Vaccination United Provinces of Agra and Oudh 1914-1922 - 1914-1922
Year: 1914
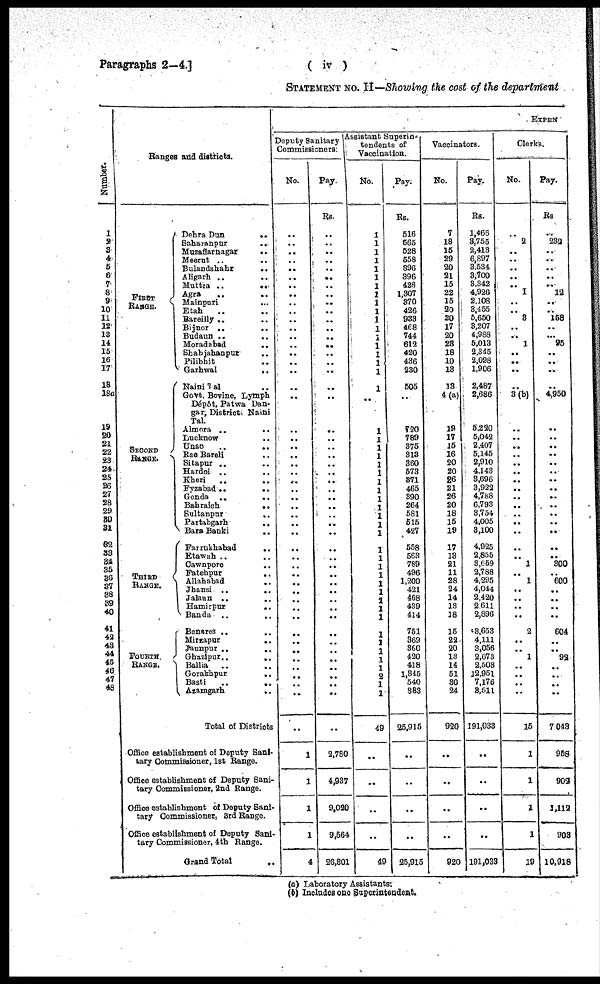
Paragraphs 2—4.]
( iv )
STATEMENT No. II— Showing the cost of the department
Number.
1
2
3
4
5
6
7
8
9
10
11
12
13
14
15
16
17
18
18a
19
20
21
22
23 24
25
26
27
28
29
30
31
32
33
34
35
36
37
38
39
40
41
42
43
44
45
46
47
48
Ranges and districts.
FIRST
RANGE.
SECOND
RANGE.
THIRD
RANGE.
FOURTH.
RANGE.
Dehra Dun
..
Saharanpur ..
Muzaffarnagar
..
Meerut .. ..
Bulandshahr
..
Aligarh ..
Muttra ..
..
Agra .. ..
Mainpuri .. ..
Etah .. ..
Bareilly .. ..
Bijnor .. ..
Budaun
..
..
Moradabad
..
Shahjahanpur ..
Pilibhit .. ..
Garhwal .. ..
Naini Tal .. ..
Govt. Bovine, Lymph
Dépôt, Patwa Dan-
gar, District. Naini
Tal.
Almora
..
..
Lucknow .. ..
Unao
..
..
Rae Bareli .. ..
Sitapur .. ..
Hardoi .. ..
Kheri .. ..
Fyzabad
..
..
Gonda
..
..
Bahraich
..
Sultanpur
..
Partabgarh
..
Bara Banki ..
Farrukhabad ..
Etawah ..
Cawnpore ..
Fatehpur
..
Allahabad
..
Jhansi
..
..
Jalaun
..
..
Hamirpur
..
Banda .. ..
Benares ..
Mirzapur
..
..
Jaunpur .. ..
Ghazipur
..
..
Ballia .. ..
Gorakhpur
..
Basti .. ..
Azamgarh
..
Total of Districts ..
Office establishment of Deputy Sani-
tary Commissioner, 1st Range.
Office establishment of Deputy Sani-
tary Commissioner, 2nd Range.
Office establishment of Deputy Sani-
tary Commissioner, 3rd Range.
Office establishment of Deputy Sani-
tary Commissioner, 4th Range.
Grand Total
..
EXPEN
Deputy Sanitary
Commissioners.
No.
..
..
..
..
..
..
..
..
..
..
..
..
..
..
..
..
..
..
..
..
..
..
..
..
..
..
..
..
..
..
..
..
..
..
..
..
..
..
..
..
..
..
..
..
..
..
..
..
..
..
1
1
1
1
4
Pay.
Rs.
..
..
..
..
..
..
..
..
..
..
..
..
..
..
..
..
..
..
..
..
..
..
..
..
..
..
..
..
..
..
..
..
..
..
..
..
..
..
..
..
..
..
..
..
..
..
..
..
..
..
2,780
4,937
9,020
9,564
26,301
Assistant Superin-
tendents of
Vaccination.
No.
..
..
..
..
..
..
..
..
..
..
..
..
..
..
..
..
..
1
..
1
1
1
1
1
1
1
1
1
1
1
1
1
1
1
1
1
1
1
1
1
1
1
1
1
1
1
1
1
1
49
..
..
..
..
49
Pay.
Rs.
516
565
528
558
896
396
428
1,307
370
426
933
468
744
612
420
436
230
505
..
720
789
375
313
360
573
371
465
390
264
581
515
427
558
563
789
496
1,200
421
468
439
414
751
369
360
420
418
1,345
540
383
25,915
..
..
..
..
25,915
Vaccinators.
No.
7
18
15
29
20
21
15
22
15
20
20
17
20
23
18
10
13
13
4(a)
19
17
15
16
20
20
26
21
26
20
18
15
19
17
18
21
11
28
24
14
13
18
15
22
20
13
14
51
30
24
920
..
..
..
..
920
Pay.
Rs.
1,466
8,756
2,413
6,897
3,534
3,700
3,342
4,926
2,108
8,455
5,650
3,207
4,988
5,013
2,345
2,098
1,906
2,487
2,686
5,220
5,042
2,407
5,145
2,910
4,143
3,696
3,922
4,788
6,793
3,754
4,005
3,100
4,925
2,855
3,659
2,788
4,295
4,044
2,420
2,611
2,896
3,653
4,111
3,056
2,673
2,508
12,951
7,176
3,611
191,033
..
..
..
..
191,033
Clerks.
No.
..
2
..
..
..
..
..
1
..
..
8
..
..
1
..
..
..
..
3(b)
..
..
..
..
..
..
..
..
..
..
..
..
..
..
..
1
..
1
..
..
..
..
2
..
..
1
..
..
..
..
15
1
1
1
1
19
Pay.
Rs
..
232
..
..
..
..
..
12
..
..
158
..
...
95
..
..
..
..
4,950
..
..
..
..
..
..
..
..
..
..
..
..
..
..
..
300
..
600
..
..
..
..
604
..
..
92
..
..
..
..
7,043
958
902
1,112
903
10,918
(a) Laboratory Assistants:
(b) Includes one Superintendent.